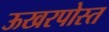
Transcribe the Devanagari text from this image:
ऊखरपोस्त